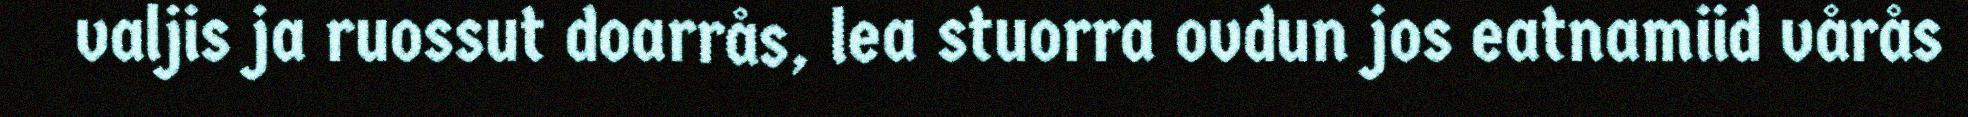
valjis ja ruossut doarrås, lea stuorra ovdun jos eatnamiid vårås